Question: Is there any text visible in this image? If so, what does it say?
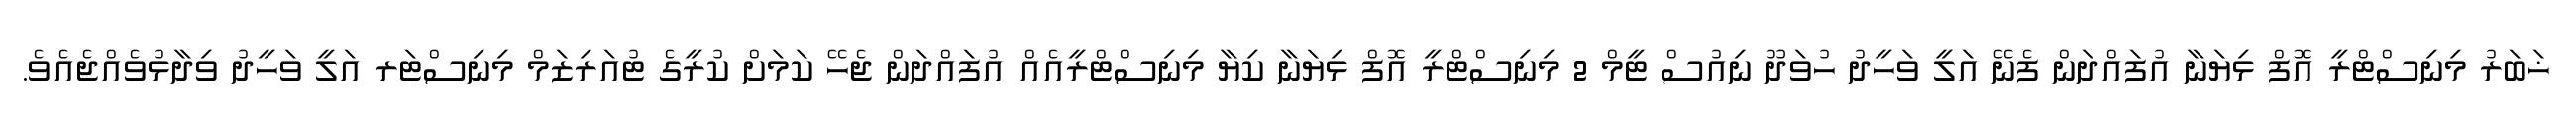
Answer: ޚަބަރު މިނިސްޓްރީ އޮފް ޅިޔަނާ އުފައްދަން ފެނޭ އަލީ ވަހީދު ހުވަދޫ ނިއުސް ޓީމް 2 މިނިސްޓްރީ އޮފް ޅިޔަނާ ކިޔާ މިނިސްޓްރީއެއް އުފައްދަން ޖެހޭ ކަމަށް ކުރީގެ ޓުއަރިޒަމް މިނިސްޓަރ އަލީ ވަހީދު ވިދާޅުވެއްޖެއެވެ.